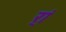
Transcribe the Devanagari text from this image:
र्‍ां